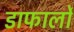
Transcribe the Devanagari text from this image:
डाफार्लो